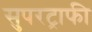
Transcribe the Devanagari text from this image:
सुपरट्राफी